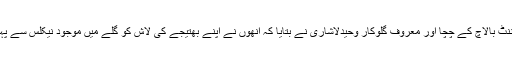
لیفٹیننٹ بالاچ کے چچا اور معروف گلوکار وحیدلاشاری نے بتایا کہ انھوں نے اپنے بھتیجے کی لاش کو گلے میں موجود نیکلس سے پہچانا۔